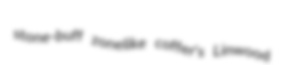
stone-buff zonelike coffer's Linwood